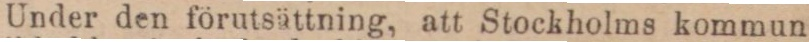
Under den förutsättning, att Stockholms kommun